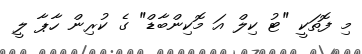
މި ފޮތަކީ "ޓު ކިލް އަ މޮކިންބާޑް" ގެ ކުރިން ހާޕާ ލީ